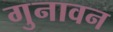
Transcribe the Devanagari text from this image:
गुनावन